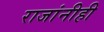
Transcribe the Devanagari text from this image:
राजांनीही